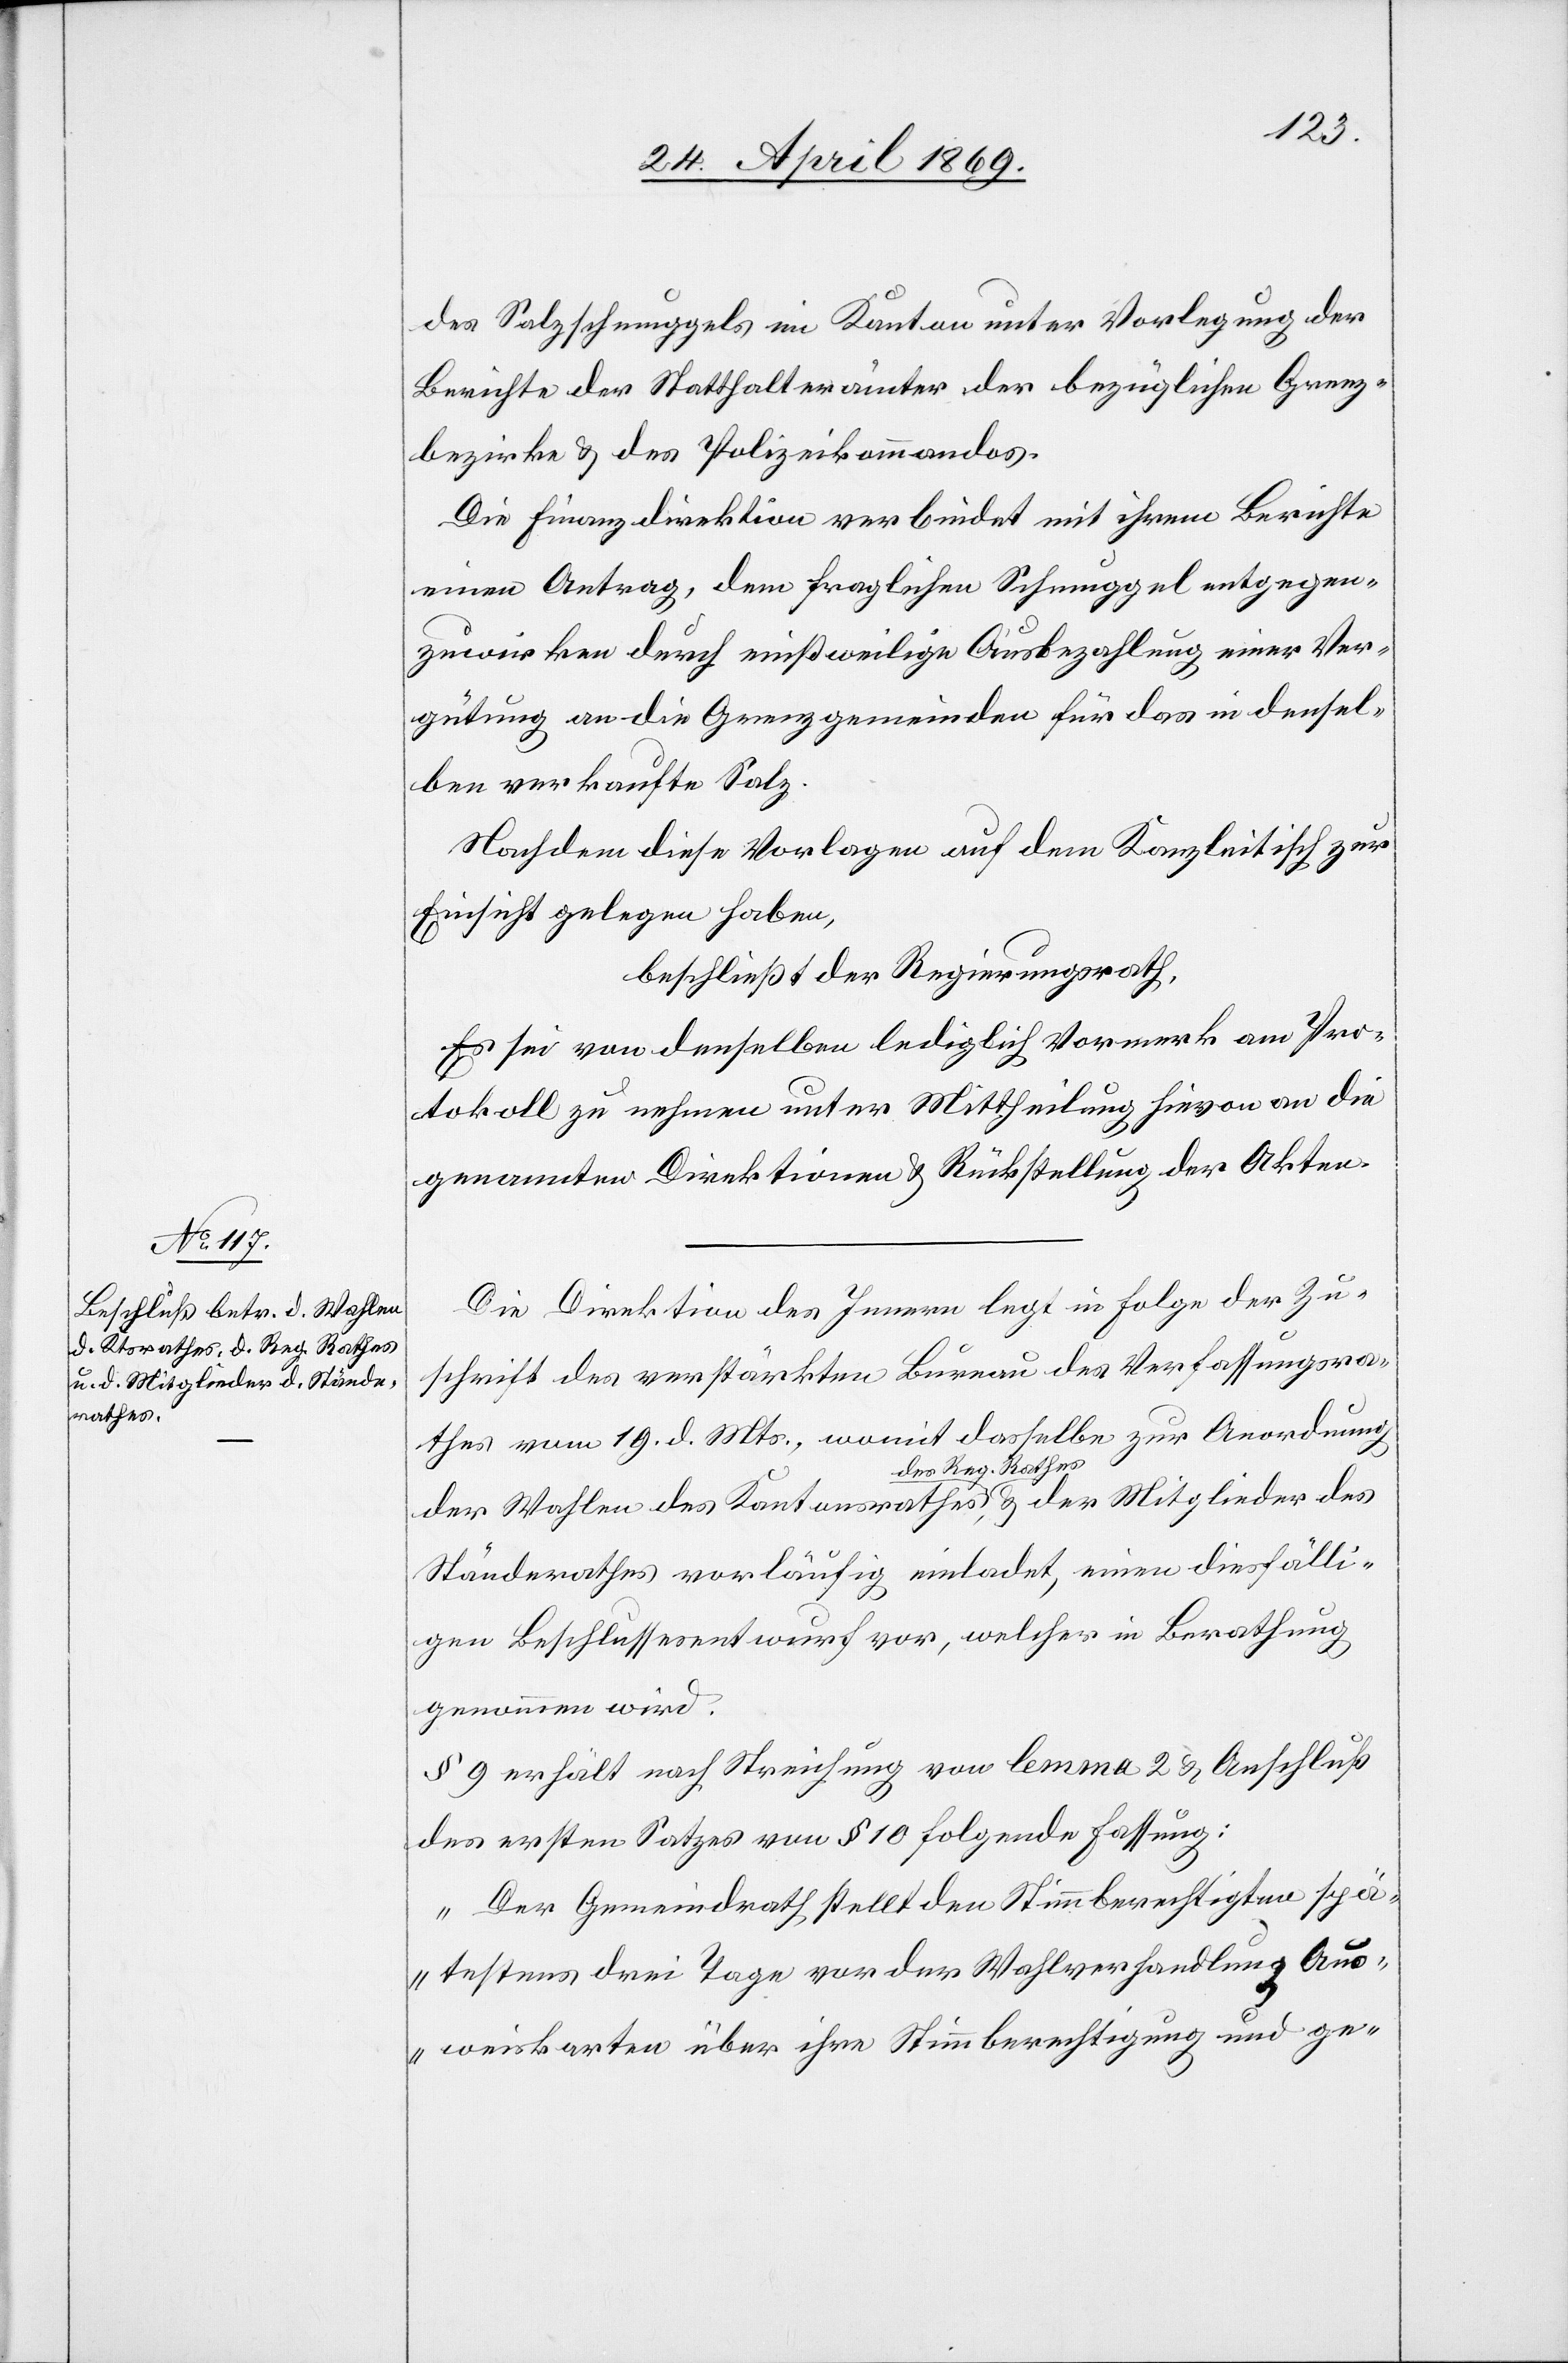
des Salzschmuggel im Kanton unter Vorlegung der
Berichte der Statthalterämter der bezüglichen Grenz¬
bezirke u. des Polizeikommandos.
Die Finanzdirektion verbindet mit ihrem Berichte
einen Antrag, dem fraglichen Schmuggel entgegen¬
zuwirken durch mißweilige Ausbezahlung einer Ver¬
gütung an die Grenzgemeinden für das in densel¬
ben verkaufte Salz.
Nachdem diese Vorlagen auf dem Kanzleitisch zur
Einsicht gelegen haben,
beschließt der Regierungsrath:
Es sei von denselben lediglich Vormerk am Pro¬
tokoll zu nehmen unter Mittheilung hievon an die
genannten Direktionen u. Rückstellung der Akten.
Die Direktion des Innern legt in Folge der Zu¬
schrift des verstärkten Bureau des Verfassungsra¬
thes vom 19. d. Mts., womit dasselbe zur Anordnung
der Wahlen des Kantonsrathes des Reg. Rathes, u. der
Ständerathes vorläufig einladet, einen diesfälli¬
gen Beschlussesentwurf vor, welcher in Berathung
genommen wird.
§ 9 erhält nach Streichung von lemma 2 u. Anschluß
des ersten Satzes vom § 10 folgende Fassung:
„Der Gemeindrath stellt den Stimmberechtigten spä¬
testens drei Tage vor der Wahlverhandlung Aus¬
weiskarten über ihre Stimmberechtigung und ge-